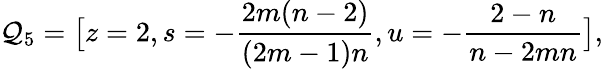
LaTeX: \mathcal{Q}_{5}=\big[z=2,s=-\frac{2m(n-2)}{(2m-1)n},u=-\frac{2-n}{n-2mn}\big],